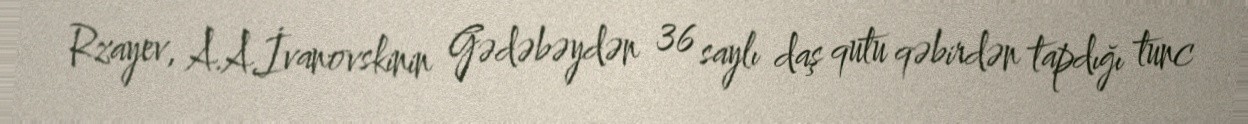
Rzayev, A.A.İvanovskinin Gədəbəydən 36 saylı daş qutu qəbirdən tapdığı tunc